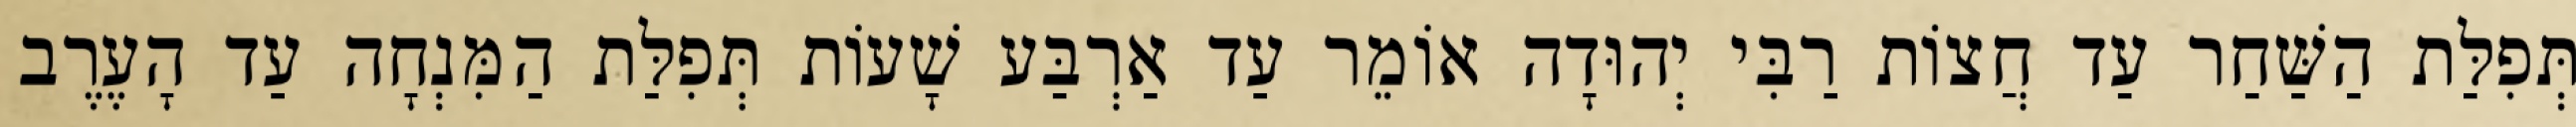
תְּפִלַּת הַשַּׁחַר עַד חֲצוֹת רַבִּי יְהוּדָה אוֹמֵר עַד אַרְבַּע שָׁעוֹת תְּפִלַּת הַמִּנְחָה עַד הָעֶרֶב